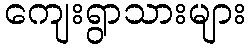
ကျေးရွာသားများ